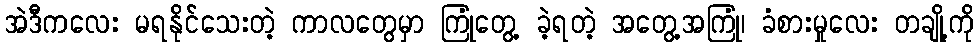
အဲဒီကလေး မရနိုင်သေးတဲ့ ကာလတွေမှာ ကြုံတွေ့ ခဲ့ရတဲ့ အတွေ့အကြုံ၊ ခံစားမှုလေး တချို့ကို